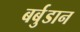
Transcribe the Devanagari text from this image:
बर्बुडान